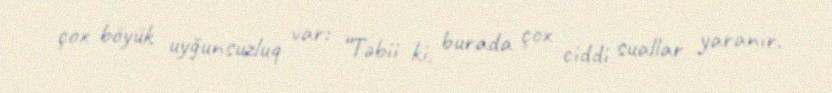
çox böyük uyğunsuzluq var: “Təbii ki, burada çox ciddi suallar yaranır.